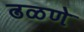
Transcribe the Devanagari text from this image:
ढळणे